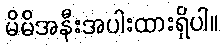
မိမိအနီးအပါးထားရှိပါ။